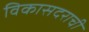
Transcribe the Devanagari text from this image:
विकासदराची